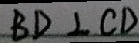
B D \bot C D